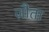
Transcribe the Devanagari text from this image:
ज़ौता